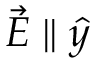
\vec { E } \parallel \hat { y }